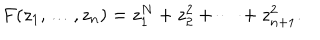
LaTeX: F ( z _ { 1 } , \ldots , z _ { n } ) = z _ { 1 } ^ { N } + z _ { 2 } ^ { 2 } + \cdots + z _ { n + 1 } ^ { 2 } .